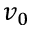
v _ { 0 }